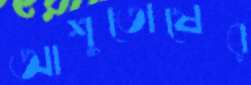
আশুতোষের